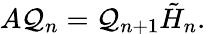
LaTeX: A\mathcal{Q}_{n}=\mathcal{Q}_{n+1}{\tilde{{H}}}_{n}.